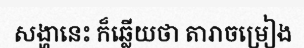
សង្ហានេះ ក៏ឆ្លើយថា តារាចម្រៀង